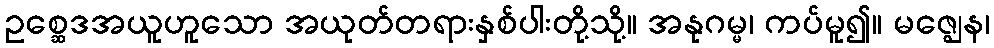
ဥစ္ဆေဒအယူဟူသော အယုတ်တရားနှစ်ပါးတို့သို့။ အနုဂမ္မ၊ ကပ်မူ၍။ မဇ္ဈေန၊